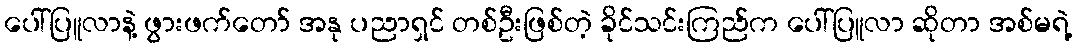
ပေါ်ပြူလာနဲ့ ဖွားဖက်တော် အနု ပညာရှင် တစ်ဦးဖြစ်တဲ့ ခိုင်သင်းကြည်က ပေါ်ပြူလာ ဆိုတာ အစ်မရဲ့